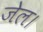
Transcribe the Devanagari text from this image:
जेल।